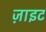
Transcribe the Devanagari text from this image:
ज़ाइट